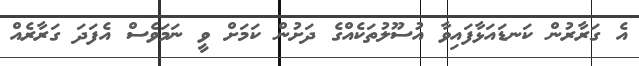
އެ ގަރާރުން ކަނޑައަޅާފައިވާ އުސޫލުތަކެއްގެ ދަށުން ކަމަށް ވީ ނަމަވެސް އެފަދަ ގަރާރެއް